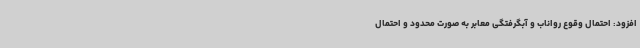
افزود: احتمال وقوع رواناب و آبگرفتگی معابر به صورت محدود و احتمال